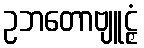
ဥဘတောဗျူဠှံ